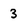
Character: 3